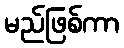
မည်ဖြစ်ကာ